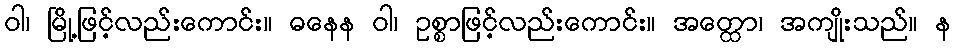
ဝါ၊ မြို့ဖြင့်လည်းကောင်း။ ဓနေန ဝါ၊ ဥစ္စာဖြင့်လည်းကောင်း။ အတ္ထော၊ အကျိုးသည်။ န